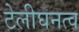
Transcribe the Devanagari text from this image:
टेलीघनत्व